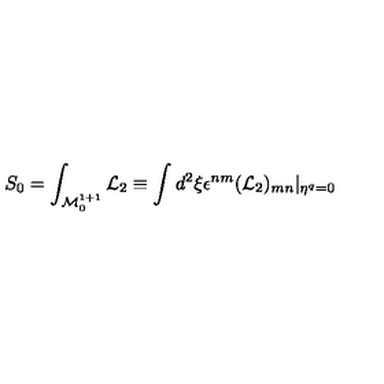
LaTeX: S _ { 0 } = \int _ { { \cal M } _ { 0 } ^ { 1 + 1 } } { \cal L } _ { 2 } \equiv \int d ^ { 2 } \xi \epsilon ^ { n m } ( { \cal L } _ { 2 } ) _ { m n } \vert _ { \eta ^ { q } = 0 }